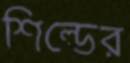
শিল্ডের